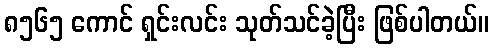
၈၅၆၅ ကောင် ရှင်းလင်း သုတ်သင်ခဲ့ပြီး ဖြစ်ပါတယ်။